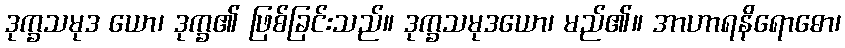
ဒုက္ခသမုဒ ယော၊ ဒုက္ခ၏ ဖြစ်ခြင်းသည်။ ဒုက္ခသမုဒယော၊ မည်၏။ အာဟာရနိရောဓော၊